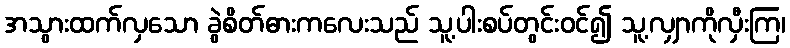
အသွားထက်လှသော ခွဲစိတ်ဓားကလေးသည် သူ့ပါးစပ်တွင်းဝင်၍ သူ့လျှာကိုလှီးကြ၊